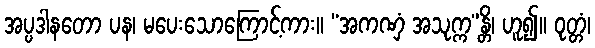
အပ္ပဒါနတော ပန၊ မပေးသောကြောင့်ကား။ “အကဏှံ အသုက္က”န္တိ၊ ဟူ၍။ ဝုတ္တံ၊